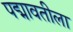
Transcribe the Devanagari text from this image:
पद्मावतीला